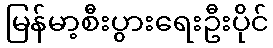
မြန်မာ့စီးပွားရေးဦးပိုင်